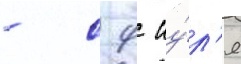
- с 9 иу́л'я